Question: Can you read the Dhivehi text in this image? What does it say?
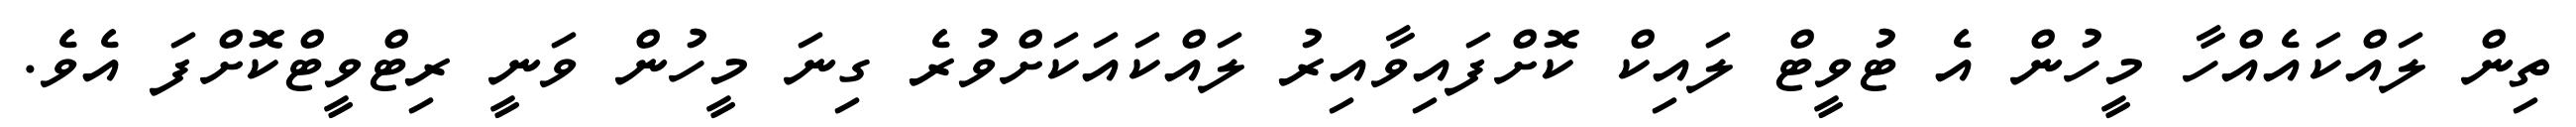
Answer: ތިން ލައްކައެއްހާ މީހުން އެ ޓުވީޓް ލައިކް ކޮށްފައިވާއިރު ލައްކައަކަށްވުރެ ގިނަ މީހުން ވަނީ ރިޓްވީޓްކޮށްފަ އެވެ.